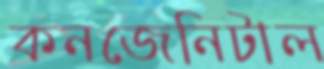
কনজেনিটাল